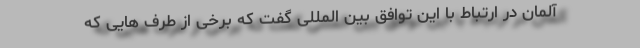
آلمان در ارتباط با این توافق بین المللی گفت که برخی از طرف هایی که